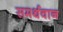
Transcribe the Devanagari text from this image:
समर्थवान